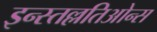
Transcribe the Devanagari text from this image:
इन्स्तल्लतिओन्स